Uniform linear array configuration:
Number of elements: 8
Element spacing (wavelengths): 0.5
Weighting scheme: binomial
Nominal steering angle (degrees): -30
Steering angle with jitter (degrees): -28.467
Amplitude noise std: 0.05
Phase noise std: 0.05

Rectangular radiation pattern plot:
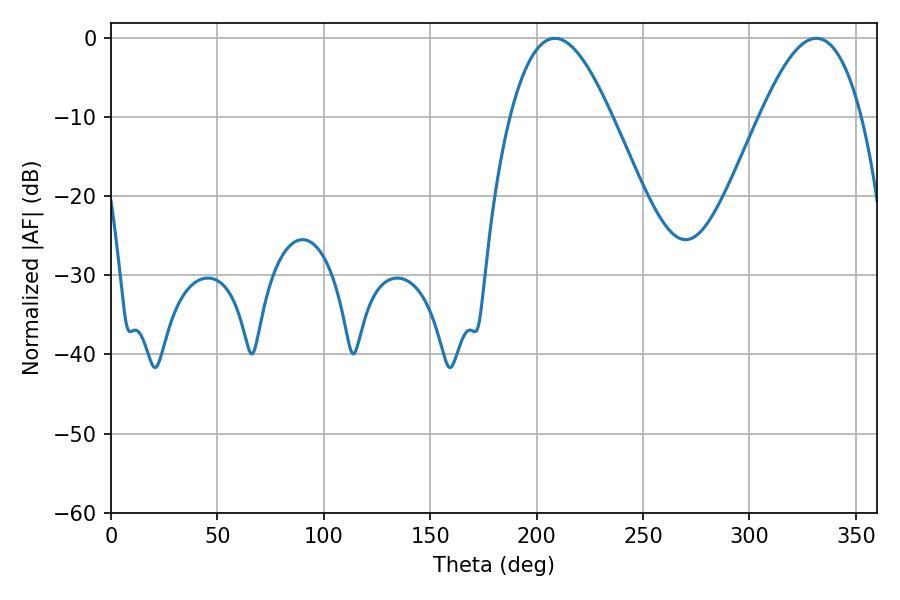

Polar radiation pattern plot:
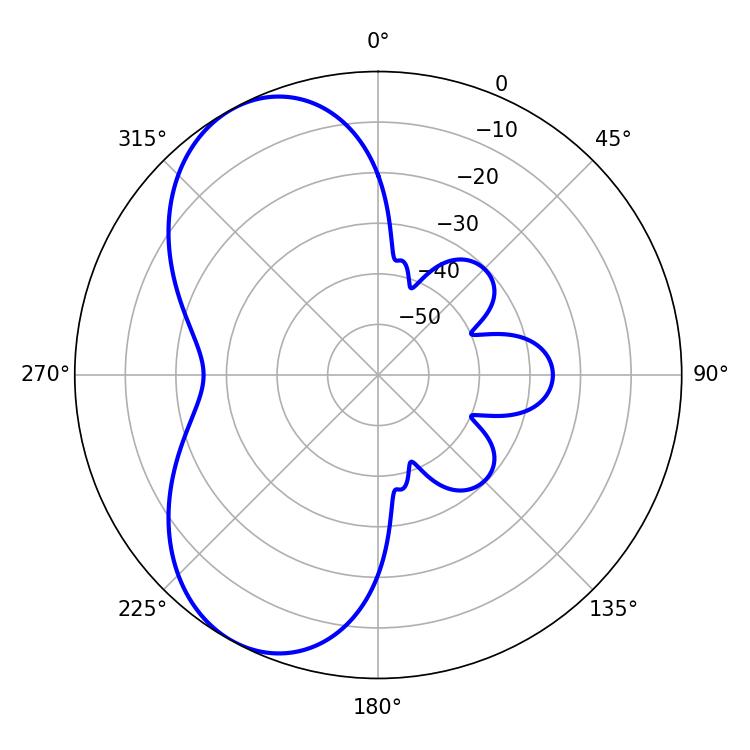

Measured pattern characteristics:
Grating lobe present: FALSE
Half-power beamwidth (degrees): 25.92
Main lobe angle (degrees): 208.62